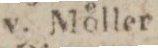
v. Möller.